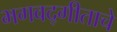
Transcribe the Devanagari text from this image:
भगवद्गीताचे